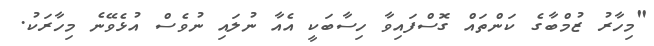
"މިހާރު ޒުމްބާގެ ކަންތައް ގޮސްފައިވާ ހިސާބަކީ އެއާ ނުލައި ނުވެސް އުޅެވޭނެ މިހާރަކު.